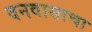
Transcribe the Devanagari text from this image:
वनवासाचा